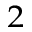
^ 2